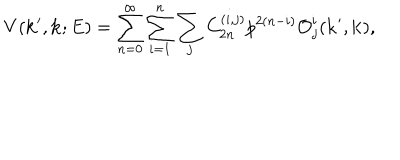
V ( { \bf k } ^ { \prime } , { \bf k } ; E ) = \sum _ { n = 0 } ^ { \infty } \sum _ { i = 1 } ^ { n } \sum _ { j } C _ { 2 n } ^ { ( i , j ) } p ^ { 2 ( n - i ) } { \cal O } _ { j } ^ { i } ( { \bf k } ^ { \prime } , { \bf k } ) ,